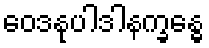
ဝေဒနုပါဒါနက္ခန္ဓေ